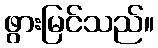
ဖွားမြင်သည်။